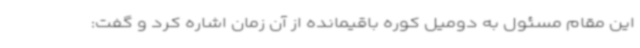
این مقام مسئول به دومیل کوره باقیمانده از آن زمان اشاره کرد و گفت: